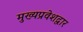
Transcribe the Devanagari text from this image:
मुख्यप्रवेशद्वार